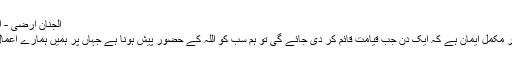
الجنان ارضی - انیلہ افضال - Daleel.Pk
تمام مسلمانوں کا اس بات پر مکمل ایمان ہے کہ ایک دن جب قیامت قائم کر دی جائے گی تو ہم سب کو اللہ کے حضور پیش ہونا ہے جہاں پر ہمیں ہمارے اعمال کا پورا پورا بدلہ ملے گا۔